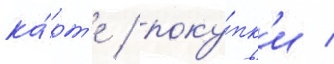
ка́рт'е / поку́пк'и /